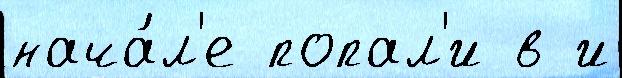
нача́л'е попал'и в и